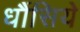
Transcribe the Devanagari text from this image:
धौंसिये